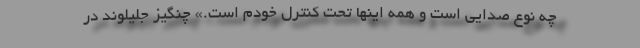
چه نوع صدایی است و همه اینها تحت کنترل خودم است.» چنگیز جلیلوند در